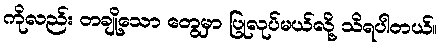
ကိုလည်း တချို့သော တွေမှာ ပြုလုပ်မယ်လို့ သိရပါတယ်။